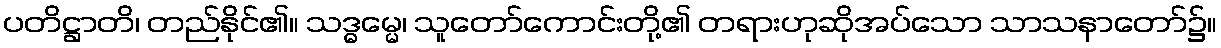
ပတိဋ္ဌာတိ၊ တည်နိုင်၏။ သဒ္ဓမ္မေ၊ သူတော်ကောင်းတို့၏ တရားဟုဆိုအပ်သော သာသနာတော်၌။